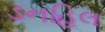
ડનહિલ